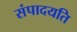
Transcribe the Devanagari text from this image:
संपादयति